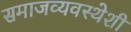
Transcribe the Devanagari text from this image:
समाजव्यवस्थेशी